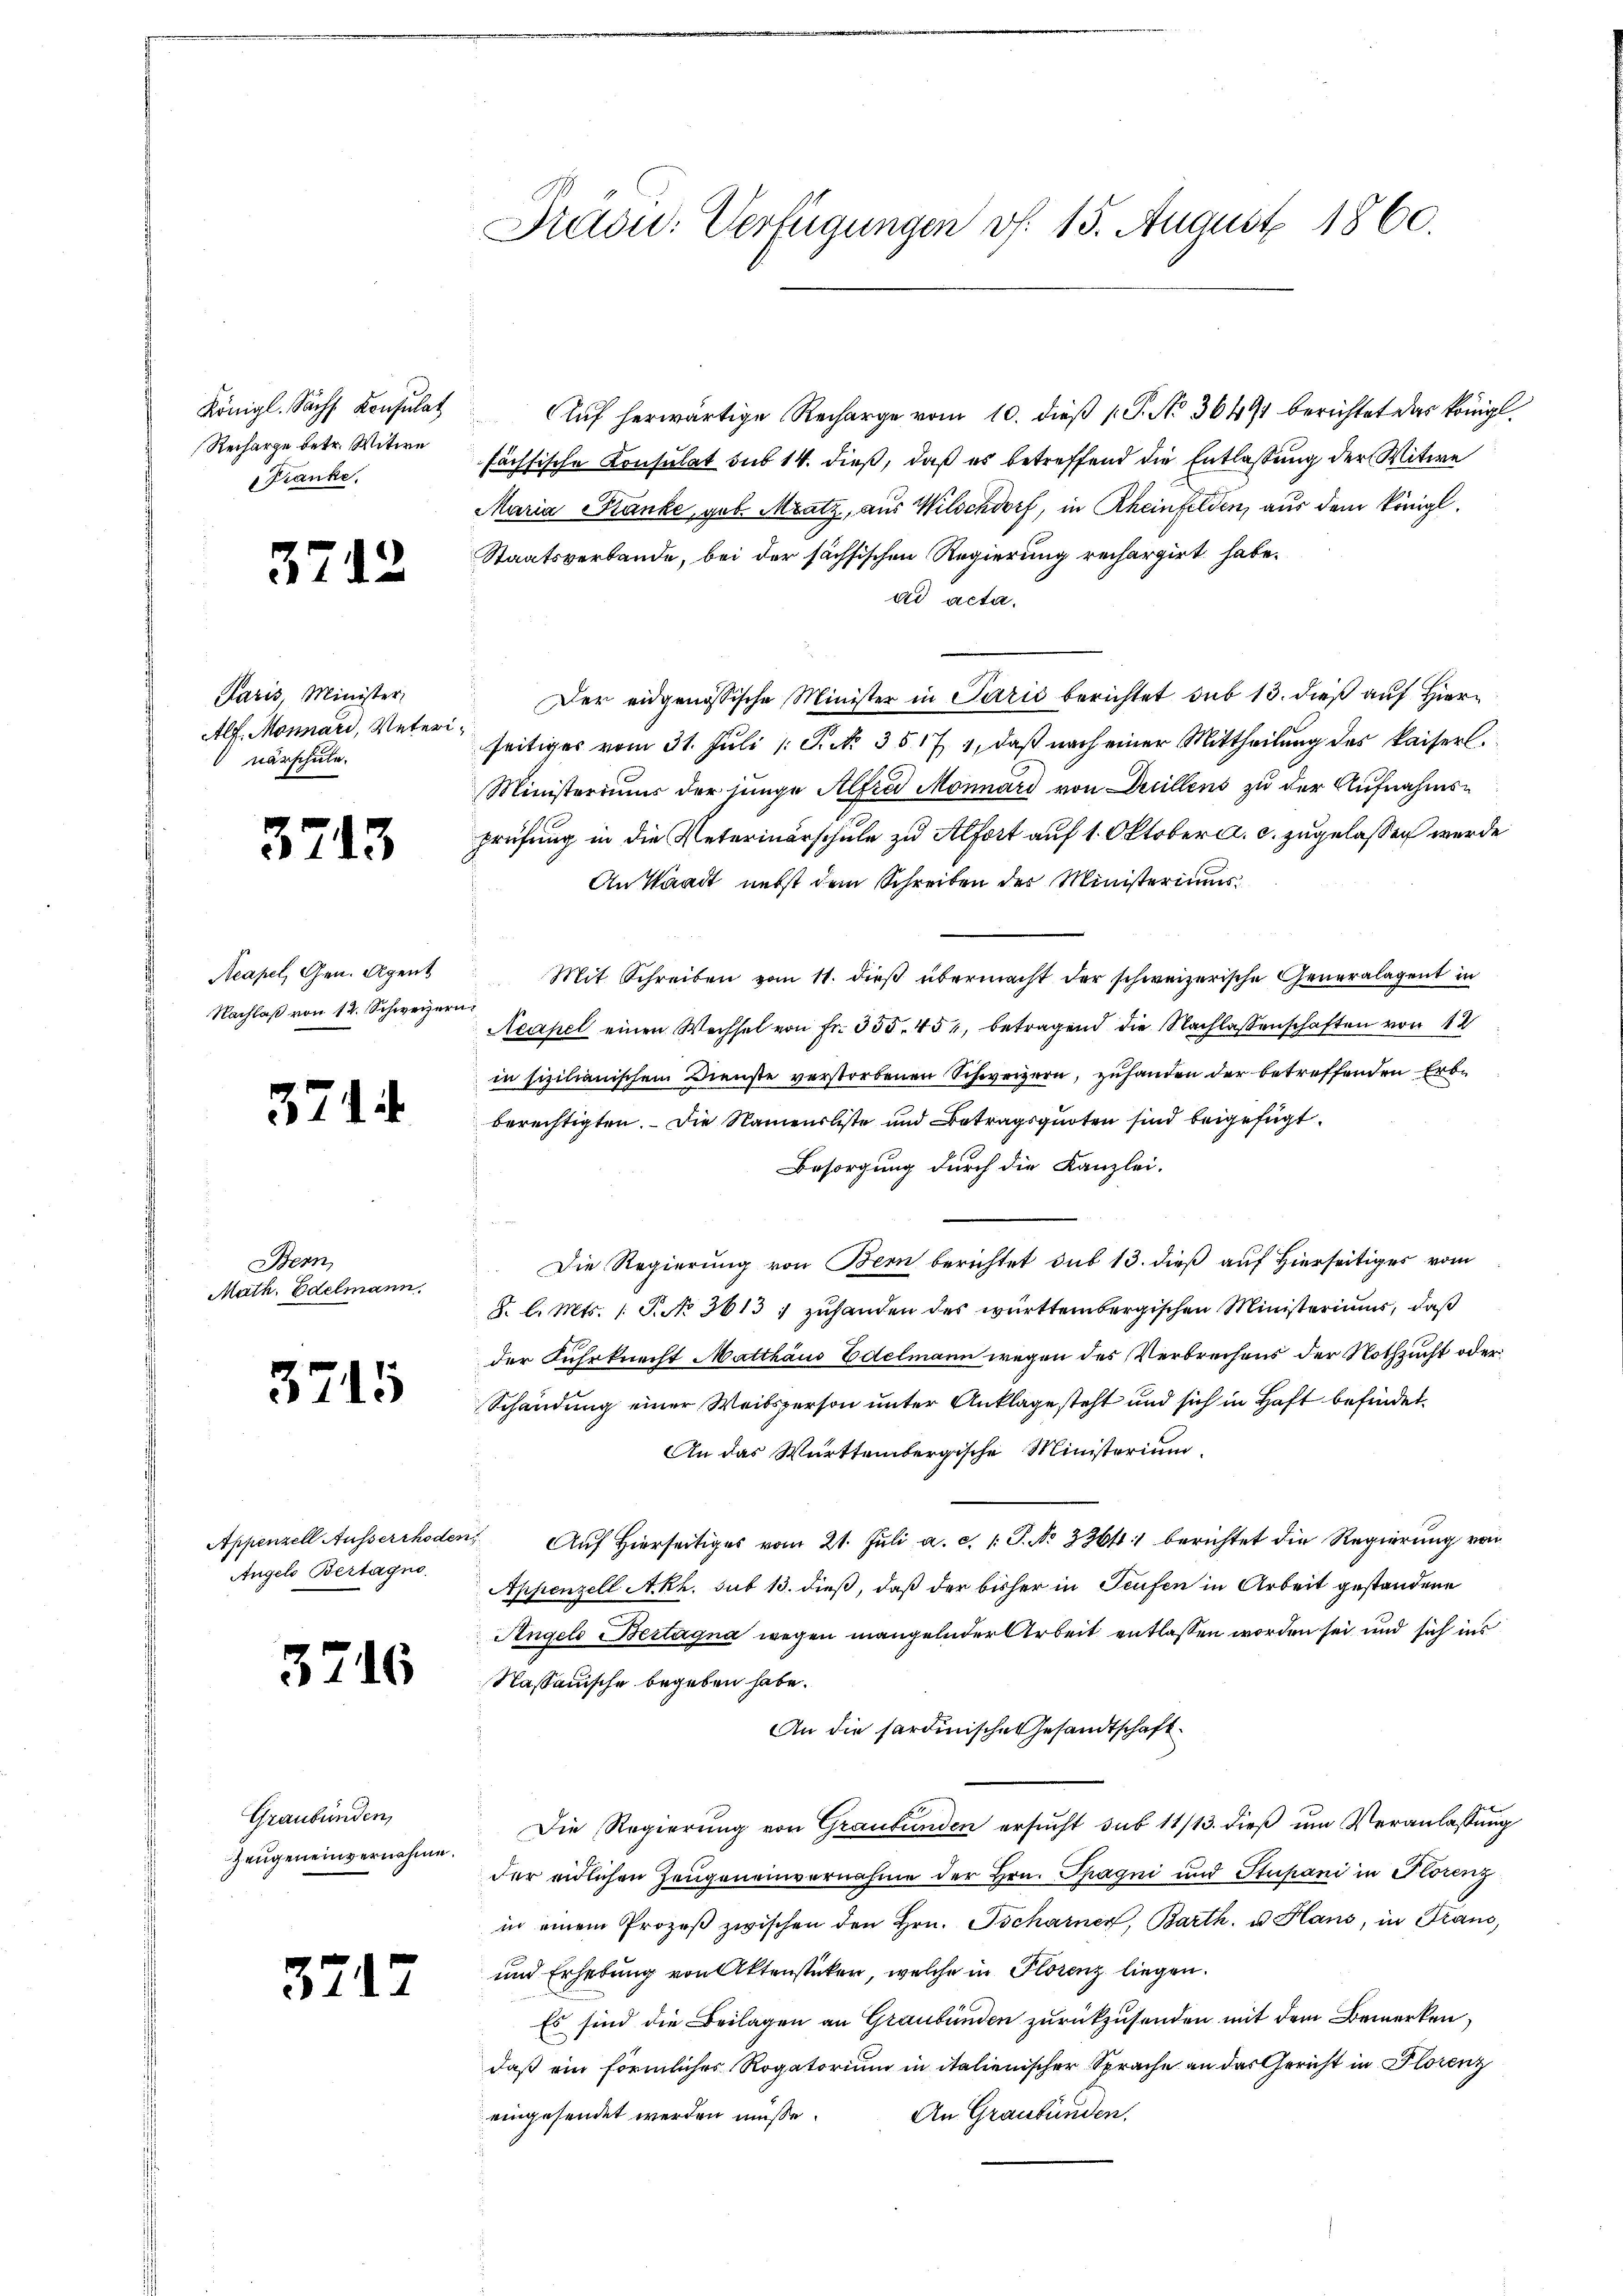
Recharge betr. Witwe
Franke.

3712

Paris, Minister,
Alf. Monnari, Veterinärschule.

3713

Nachlaß von 12. Schweizern

3744.

Bern
Math. Edelmann,

3715

Angelo Bertagno

3716

Graubünden,
Zeugen einvernahme.

3712

Königl. Sächs Konsulat Aŭf herwärtige Recharge vom 10. dieβ P. No 36491 berichtet das königl.
fächsische Konsulat sub 14. dieß, daß es betreffend die Entlassung der Witwe
Maria Banke, geb. Meatz, aus Wilschdorf, in Rheinfelden, aus dem Königl.
Staatsverbande, bei der sächsischen Regierung rechargirt habe.
ad acta.
Der eidgenössische Minister in Parić berichtet sub 13. dieß auf Hier
seitiges vom 31. Jŭli /: P. No. 3517 4, daβ nach einer Mittheilŭng des kaiserl.
Ministeriums der junge Alfra Monnard von Duillens zu der Aufnahmsprüfung in die Veterinerschule zu Alfort auf 1. Oktober a. c. zugelassen werde
An Waadt nebst dem Schreiben der Ministeriums
Acapel, Gen. Agent Mit Schreiben vom 11. dieβ übermacht der schweizerische Generalagent in
Reapel einen Wechsel von Fr. 335. 451, betragend die Nachlassenschaften von 12
in sizilianischem Dienste verstorbenen Schweizern, zufanden der betreffenden Erbberechtigten. Die Namensliste und Betragsquoten sind beigefügt.
Besorgung durch die Kanzlei-
Die Regierung von Bern berichtet sub 13. dieß auf Hierseitiges vom
8. l. Mts. (T. No 3613 ; zuhanden des württembergischen Ministeriums, daß
der Fuhrknecht Matthaus Edelmann wegen des Verbrechens der Nothzucht oder
Schändung einer Weibsperson unter Anklage steht und sich in Haft befindet.
An das Württembergische Ministerium
Appenzell Ausserrhoden Aŭf Hierseitiges vom 21. Jŭli a. c. v. J. No 3364 berichtet die Regierŭng von
Appenzell Akh. sub 13. dieß, daß der bisher in Teufen in Arbeit gestandene
Angels Bertagna wegen mangelnder Arbeit entlassen worden sei und sich ins
Nassauische begeben habe.
An die sardinische Gesandtschaft.
Die Regierŭng von Graubünden ersŭcht sub 11/13. dieβ ŭm Veranlassŭng
der eidlichen Zeugeneinvernahme der Hrn. Spagni und Stupani in Florenz
in einem Prozeβ zwischen den Hrn. Tscharner, Barth. u. Hans, in Traus,
und Erhebung von Aktenstücken, welche in Plorenz liegen.
Es sind die Beilagen an Graubünden zurückzusenden mit dem Bemerken,
daß ein förmliches Rogatorium in italienischer Sprache an das Gericht in Florenz
An Graubünden.
eingesendet werden müsse.

Drädu: Verfügungen v. 15. August 1860.